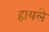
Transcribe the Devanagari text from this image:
हायले